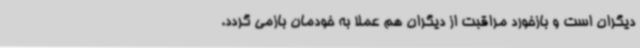
دیگران است و بازخورد مراقبت از دیگران هم عملاً به خودمان بازمی گردد.